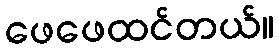
ဖေဖေထင်တယ်။